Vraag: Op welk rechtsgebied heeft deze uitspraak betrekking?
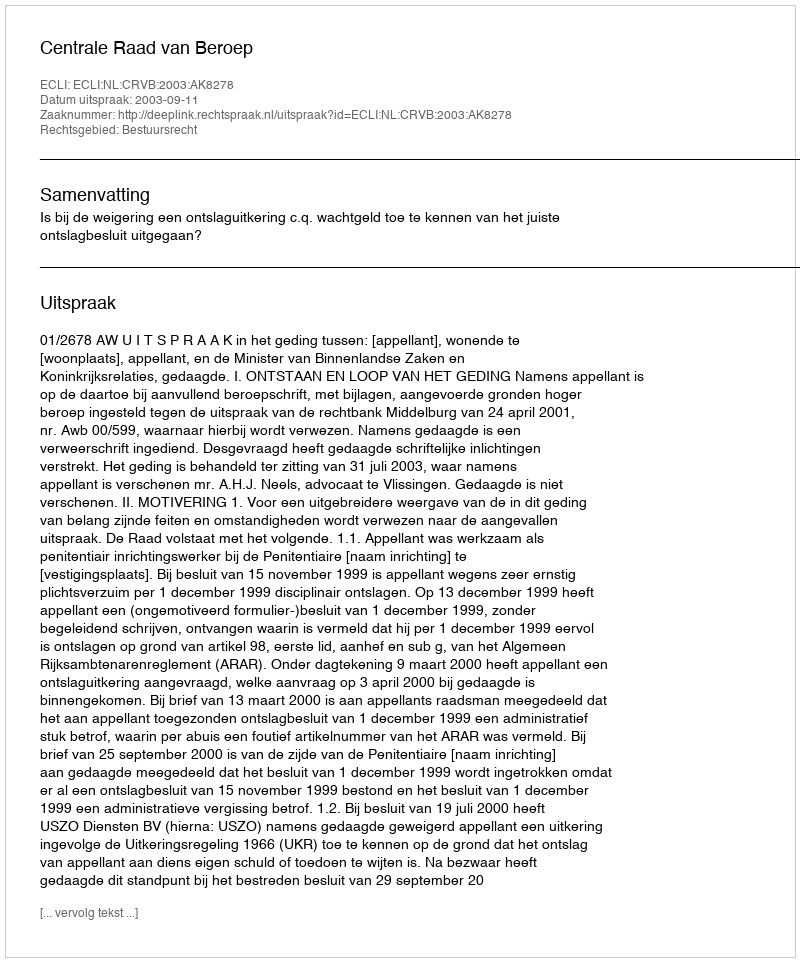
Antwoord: Bestuursrecht